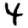
Digit: 4